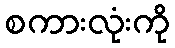
စကားလုံးကို